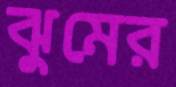
ঝুমের